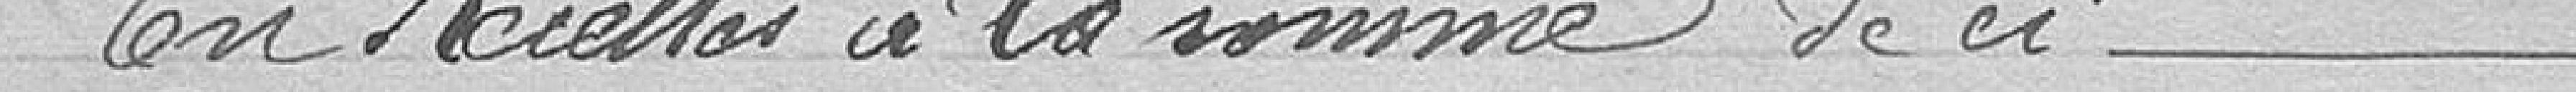
En recettes à la somme de ci